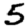
Digit: 5